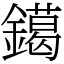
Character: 𨭛